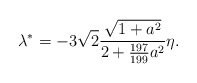
\begin{align*}\lambda^* = -3\sqrt2\frac{\sqrt{1+a^2}}{2+\frac{197}{199}a^2}\eta.\end{align*}